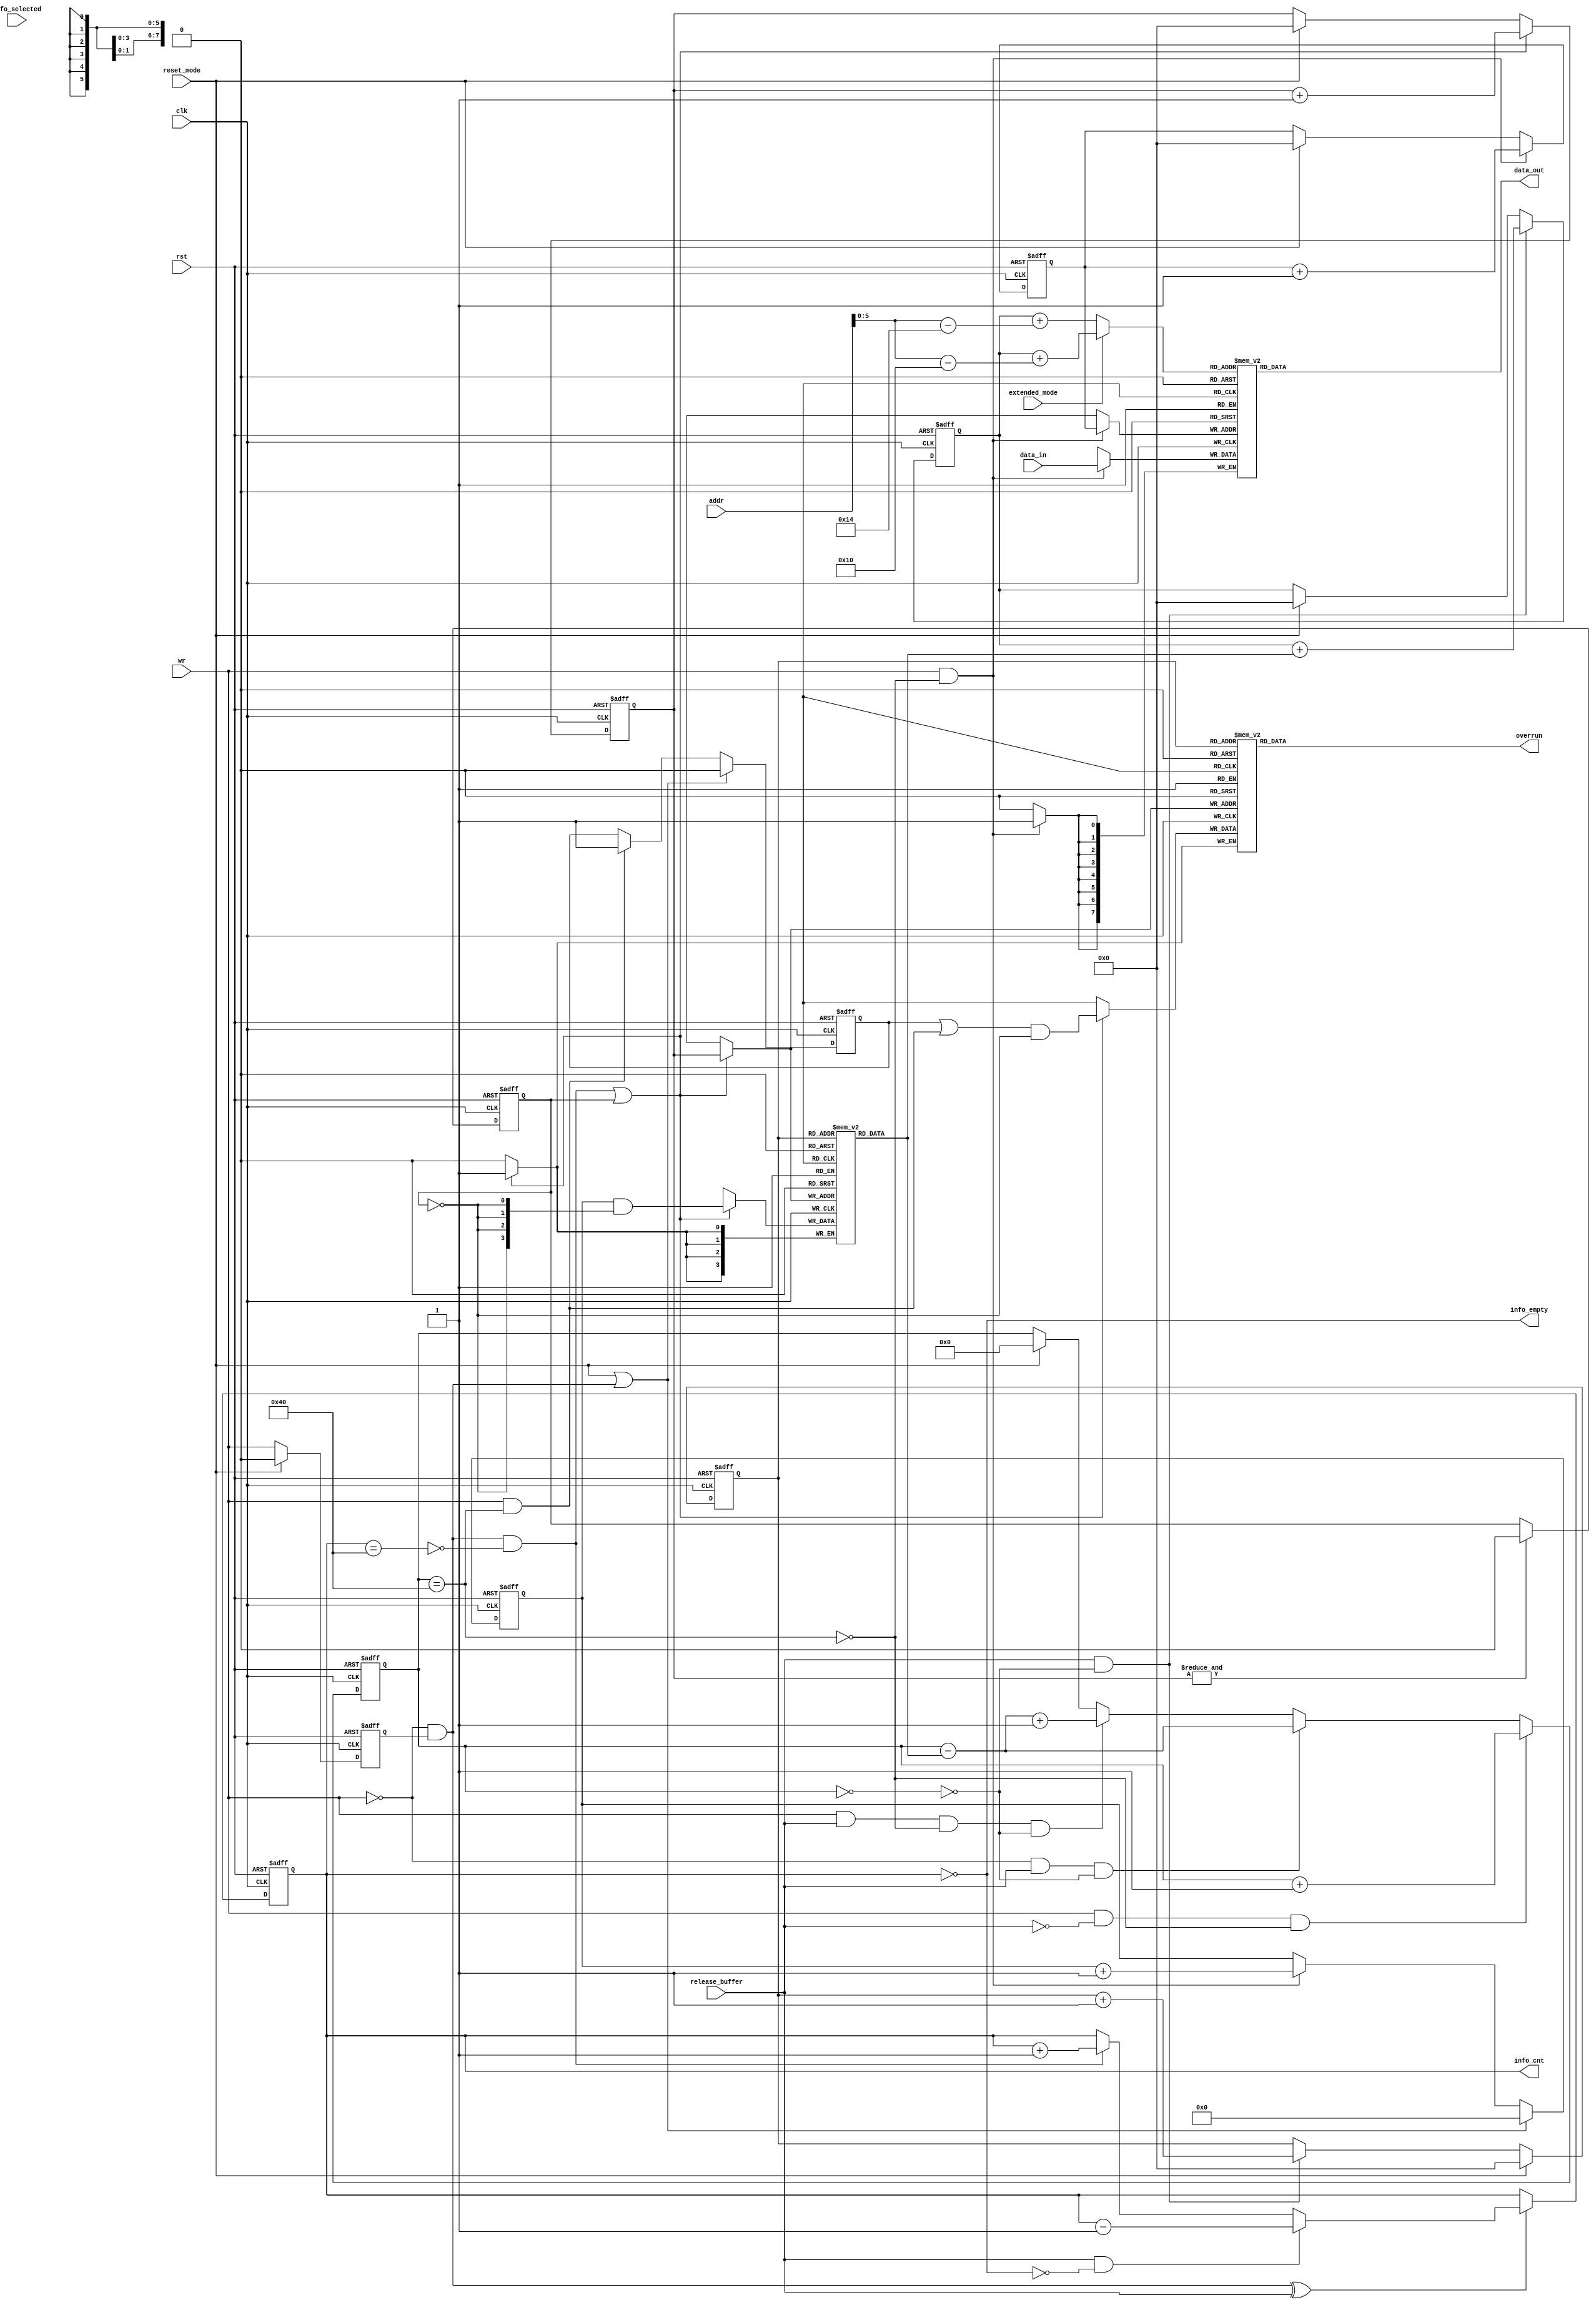
module can_fifo
( 
  clk,
  rst,

  wr,

  data_in,
  addr,
  data_out,
  fifo_selected,

  reset_mode,
  release_buffer,
  extended_mode,
  overrun,
  info_empty,
  info_cnt

`ifdef CAN_BIST
  ,
  scanb_rst,
  scanb_clk,
  scanb_si,
  scanb_so,
  scanb_en
`endif
);

parameter Tp = 1;

input         clk;
input         rst;
input         wr;
input   [7:0] data_in;
input   [7:0] addr;
input         reset_mode;
input         release_buffer;
input         extended_mode;
input         fifo_selected;

output  [7:0] data_out;
output        overrun;
output        info_empty;
output  [6:0] info_cnt;

`ifdef CAN_BIST
input         scanb_rst;
input         scanb_clk;
input         scanb_si;
output        scanb_so;
input         scanb_en;
wire          scanb_s_0;
wire          scanb_s_1;
`endif

`ifdef ACTEL_APA_RAM
`else
`ifdef XILINX_RAM
`else
`ifdef VIRTUALSILICON_RAM
`else
  reg     [7:0] fifo [0:63];
  reg     [3:0] length_fifo[0:63];
  reg           overrun_info[0:63];
`endif
`endif
`endif

reg     [5:0] rd_pointer;
reg     [5:0] wr_pointer;
reg     [5:0] read_address;
reg     [5:0] wr_info_pointer;
reg     [5:0] rd_info_pointer;
reg           wr_q;
reg     [3:0] len_cnt;
reg     [6:0] fifo_cnt;
reg     [6:0] info_cnt;
reg           latch_overrun;
reg           initialize_memories;

wire    [3:0] length_info;
wire          write_length_info;
wire          fifo_empty;
wire          fifo_full;
wire          info_full;

assign write_length_info = (~wr) & wr_q;

// Delayed write signal
always @ (posedge clk or posedge rst)
begin
  if (rst)
    wr_q <= 0;
  else if (reset_mode)
    wr_q <=#Tp 0;
  else
    wr_q <=#Tp wr;
end


// length counter
always @ (posedge clk or posedge rst)
begin
  if (rst)
    len_cnt <= 0;
  else if (reset_mode | write_length_info)
    len_cnt <=#Tp 1'b0;
  else if (wr & (~fifo_full))
    len_cnt <=#Tp len_cnt + 1'b1;
end


// wr_info_pointer
always @ (posedge clk or posedge rst)
begin
  if (rst)
    wr_info_pointer <= 0;
  else if (write_length_info & (~info_full) | initialize_memories)
    wr_info_pointer <=#Tp wr_info_pointer + 1'b1;
  else if (reset_mode)
    wr_info_pointer <=#Tp 0;
end



// rd_info_pointer
always @ (posedge clk or posedge rst)
begin
  if (rst)
    rd_info_pointer <= 0;
  else if (reset_mode)
    rd_info_pointer <=#Tp 0;
  else if (release_buffer & (~fifo_empty))
    rd_info_pointer <=#Tp rd_info_pointer + 1'b1;
end


// rd_pointer
always @ (posedge clk or posedge rst)
begin
  if (rst)
    rd_pointer <= 0;
  else if (release_buffer & (~fifo_empty))
    rd_pointer <=#Tp rd_pointer + length_info;
  else if (reset_mode)
    rd_pointer <=#Tp 0;
end


// wr_pointer
always @ (posedge clk or posedge rst)
begin
  if (rst)
    wr_pointer <= 0;
  else if (wr & (~fifo_full))
    wr_pointer <=#Tp wr_pointer + 1'b1;
  else if (reset_mode)
    wr_pointer <=#Tp 0;
end


// latch_overrun
always @ (posedge clk or posedge rst)
begin
  if (rst)
    latch_overrun <= 0;
  else if (reset_mode | write_length_info)
    latch_overrun <=#Tp 0;
  else if (wr & fifo_full)
    latch_overrun <=#Tp 1'b1;
end


// Counting data in fifo
always @ (posedge clk or posedge rst)
begin
  if (rst)
    fifo_cnt <= 0;
  else if (wr & (~release_buffer) & (~fifo_full))
    fifo_cnt <=#Tp fifo_cnt + 1'b1;
  else if ((~wr) & release_buffer & (~fifo_empty))
    fifo_cnt <=#Tp fifo_cnt - length_info;
  else if (wr & release_buffer & (~fifo_full) & (~fifo_empty))
    fifo_cnt <=#Tp fifo_cnt - length_info + 1'b1;
  else if (reset_mode)
    fifo_cnt <=#Tp 0;
end

assign fifo_full = fifo_cnt == 64;
assign fifo_empty = fifo_cnt == 0;


// Counting data in length_fifo and overrun_info fifo
always @ (posedge clk or posedge rst)
begin
  if (rst)
    info_cnt <= 0;
  else if (write_length_info ^ release_buffer)
    begin
      if (release_buffer & (~info_empty))
        info_cnt <=#Tp info_cnt - 1'b1;
      else if (write_length_info & (~info_full))
        info_cnt <=#Tp info_cnt + 1'b1;
    end
end
        
assign info_full = info_cnt == 64;
assign info_empty = info_cnt == 0;


// Selecting which address will be used for reading data from rx fifo
always @ (extended_mode or rd_pointer or addr)
begin
  if (extended_mode)      // extended mode
    begin
      read_address <= rd_pointer + (addr - 8'd16);
    end
  else                    // normal mode
    begin
      read_address <= rd_pointer + (addr - 8'd20);
    end
end


always @ (posedge clk or posedge rst)
begin
  if (rst)
    initialize_memories <= 1;
  else if (&wr_info_pointer)
    initialize_memories <=#Tp 1'b0;
end


`ifdef ACTEL_APA_RAM
  actel_ram_64x8_sync fifo
  (
    .DO      (data_out),
    .RCLOCK  (clk),
    .WCLOCK  (clk),
    .DI      (data_in),
    .PO      (),                       // parity not used
    .WRB     (~(wr & (~fifo_full))),
    .RDB     (~fifo_selected),
    .WADDR   (wr_pointer),
    .RADDR   (read_address)
  );


  actel_ram_64x4_sync info_fifo
  (
    .DO      (length_info),
    .RCLOCK  (clk),
    .WCLOCK  (clk),
    .DI      (len_cnt & {4{~initialize_memories}}),
    .PO      (),                       // parity not used
    .WRB     (~(write_length_info & (~info_full) | initialize_memories)),
    .RDB     (1'b0),                   // always enabled
    .WADDR   (wr_info_pointer),
    .RADDR   (rd_info_pointer)
  );


  actel_ram_64x1_sync overrun_fifo
  (
    .DO      (overrun),
    .RCLOCK  (clk),
    .WCLOCK  (clk),
    .DI      ((latch_overrun | (wr & fifo_full)) & (~initialize_memories)),
    .PO      (),                       // parity not used
    .WRB     (~(write_length_info & (~info_full) | initialize_memories)),
    .RDB     (1'b0),                   // always enabled
    .WADDR   (wr_info_pointer),
    .RADDR   (rd_info_pointer)
  );
`else
`ifdef XILINX_RAM

/*
  ram_64x8_sync fifo
  (
    .addra(wr_pointer),
    .addrb(read_address),
    .clka(clk),
    .clkb(clk),
    .dina(data_in),
    .doutb(data_out),
    .wea(wr & (~fifo_full))
  );
*/

  RAMB4_S8_S8 fifo
  (
    .DOA(),
    .DOB(data_out),
    .ADDRA({3'h0, wr_pointer}),
    .CLKA(clk),
    .DIA(data_in),
    .ENA(1'b1),
    .RSTA(1'b0),
    .WEA(wr & (~fifo_full)),
    .ADDRB({3'h0, read_address}),
    .CLKB(clk),
    .DIB(8'h0),
    .ENB(1'b1),
    .RSTB(1'b0),
    .WEB(1'b0)
  );



/*
  ram_64x4_sync info_fifo
  (
    .addra(wr_info_pointer),
    .addrb(rd_info_pointer),
    .clka(clk),
    .clkb(clk),
    .dina(len_cnt),
    .doutb(length_info),
    .wea(write_length_info & (~info_full))
  );
*/
  RAMB4_S4_S4 info_fifo
  (
    .DOA(),
    .DOB(length_info),
    .ADDRA({4'h0, wr_info_pointer}),
    .CLKA(clk),
    .DIA(len_cnt & {4{~initialize_memories}}),
    .ENA(1'b1),
    .RSTA(1'b0),
    .WEA(write_length_info & (~info_full) | initialize_memories),
    .ADDRB({4'h0, rd_info_pointer}),
    .CLKB(clk),
    .DIB(4'h0),
    .ENB(1'b1),
    .RSTB(1'b0),
    .WEB(1'b0)
  );

/*
  ram_64x1_sync overrun_fifo
  (
    .addra(wr_info_pointer),
    .addrb(rd_info_pointer),
    .clka(clk),
    .clkb(clk),
    .dina(latch_overrun | (wr & fifo_full)),
    .doutb(overrun),
    .wea(write_length_info & (~info_full))
  );
*/


  RAMB4_S1_S1 overrun_fifo
  (
    .DOA(),
    .DOB(overrun),
    .ADDRA({6'h0, wr_info_pointer}),
    .CLKA(clk),
    .DIA((latch_overrun | (wr & fifo_full)) & (~initialize_memories)),
    .ENA(1'b1),
    .RSTA(1'b0),
    .WEA(write_length_info & (~info_full) | initialize_memories),
    .ADDRB({6'h0, rd_info_pointer}),
    .CLKB(clk),
    .DIB(1'h0),
    .ENB(1'b1),
    .RSTB(1'b0),
    .WEB(1'b0)
  );


`else
`ifdef VIRTUALSILICON_RAM

`ifdef PCI_BIST
    vs_hdtp_64x8_bist fifo
`else
    vs_hdtp_64x8 fifo
`endif
    (
        .RCK        (clk),
        .WCK        (clk),
        .RADR       (read_address),
        .WADR       (wr_pointer),
        .DI         (data_in),
        .DOUT       (data_out),
        .REN        (~fifo_selected),
        .WEN        (~(wr & (~fifo_full)))
    `ifdef PCI_BIST
        ,
        // debug chain signals
        .scanb_rst  (scanb_rst),
        .scanb_clk  (scanb_clk),
        .scanb_si   (scanb_si),
        .scanb_so   (scanb_s_0),
        .scanb_en   (scanb_en)
    `endif
    );

`ifdef PCI_BIST
    vs_hdtp_64x4_bist info_fifo
`else
    vs_hdtp_64x4 info_fifo
`endif
    (
        .RCK        (clk),
        .WCK        (clk),
        .RADR       (rd_info_pointer),
        .WADR       (wr_info_pointer),
        .DI         (len_cnt & {4{~initialize_memories}}),
        .DOUT       (length_info),
        .REN        (1'b0),
        .WEN        (~(write_length_info & (~info_full) | initialize_memories))
    `ifdef PCI_BIST
        ,
        // debug chain signals
        .scanb_rst  (scanb_rst),
        .scanb_clk  (scanb_clk),
        .scanb_si   (scanb_s_0),
        .scanb_so   (scanb_s_1),
        .scanb_en   (scanb_en)
    `endif
    );

`ifdef PCI_BIST
    vs_hdtp_64x1_bist overrun_fifo
`else
    vs_hdtp_64x1 overrun_fifo
`endif
    (
        .RCK        (clk),
        .WCK        (clk),
        .RADR       (rd_info_pointer),
        .WADR       (wr_info_pointer),
        .DI         ((latch_overrun | (wr & fifo_full)) & (~initialize_memories)),
        .DOUT       (overrun),
        .REN        (1'b0),
        .WEN        (~(write_length_info & (~info_full) | initialize_memories))
    `ifdef PCI_BIST
        ,
        // debug chain signals
        .scanb_rst  (scanb_rst),
        .scanb_clk  (scanb_clk),
        .scanb_si   (scanb_s_1),
        .scanb_so   (scanb_so),
        .scanb_en   (scanb_en)
    `endif
    );

`else
  // writing data to fifo
  always @ (posedge clk)
  begin
    if (wr & (~fifo_full))
      fifo[wr_pointer] <=#Tp data_in;
  end

  // reading from fifo
  assign data_out = fifo[read_address];


  // writing length_fifo
  always @ (posedge clk)
  begin
    if (write_length_info & (~info_full) | initialize_memories)
      length_fifo[wr_info_pointer] <=#Tp len_cnt & {4{~initialize_memories}};
  end


  // reading length_fifo
  assign length_info = length_fifo[rd_info_pointer];

  // overrun_info
  always @ (posedge clk)
  begin
    if (write_length_info & (~info_full) | initialize_memories)
      overrun_info[wr_info_pointer] <=#Tp (latch_overrun | (wr & fifo_full)) & (~initialize_memories);
  end
  
  
  // reading overrun
  assign overrun = overrun_info[rd_info_pointer];


`endif
`endif
`endif





endmodule